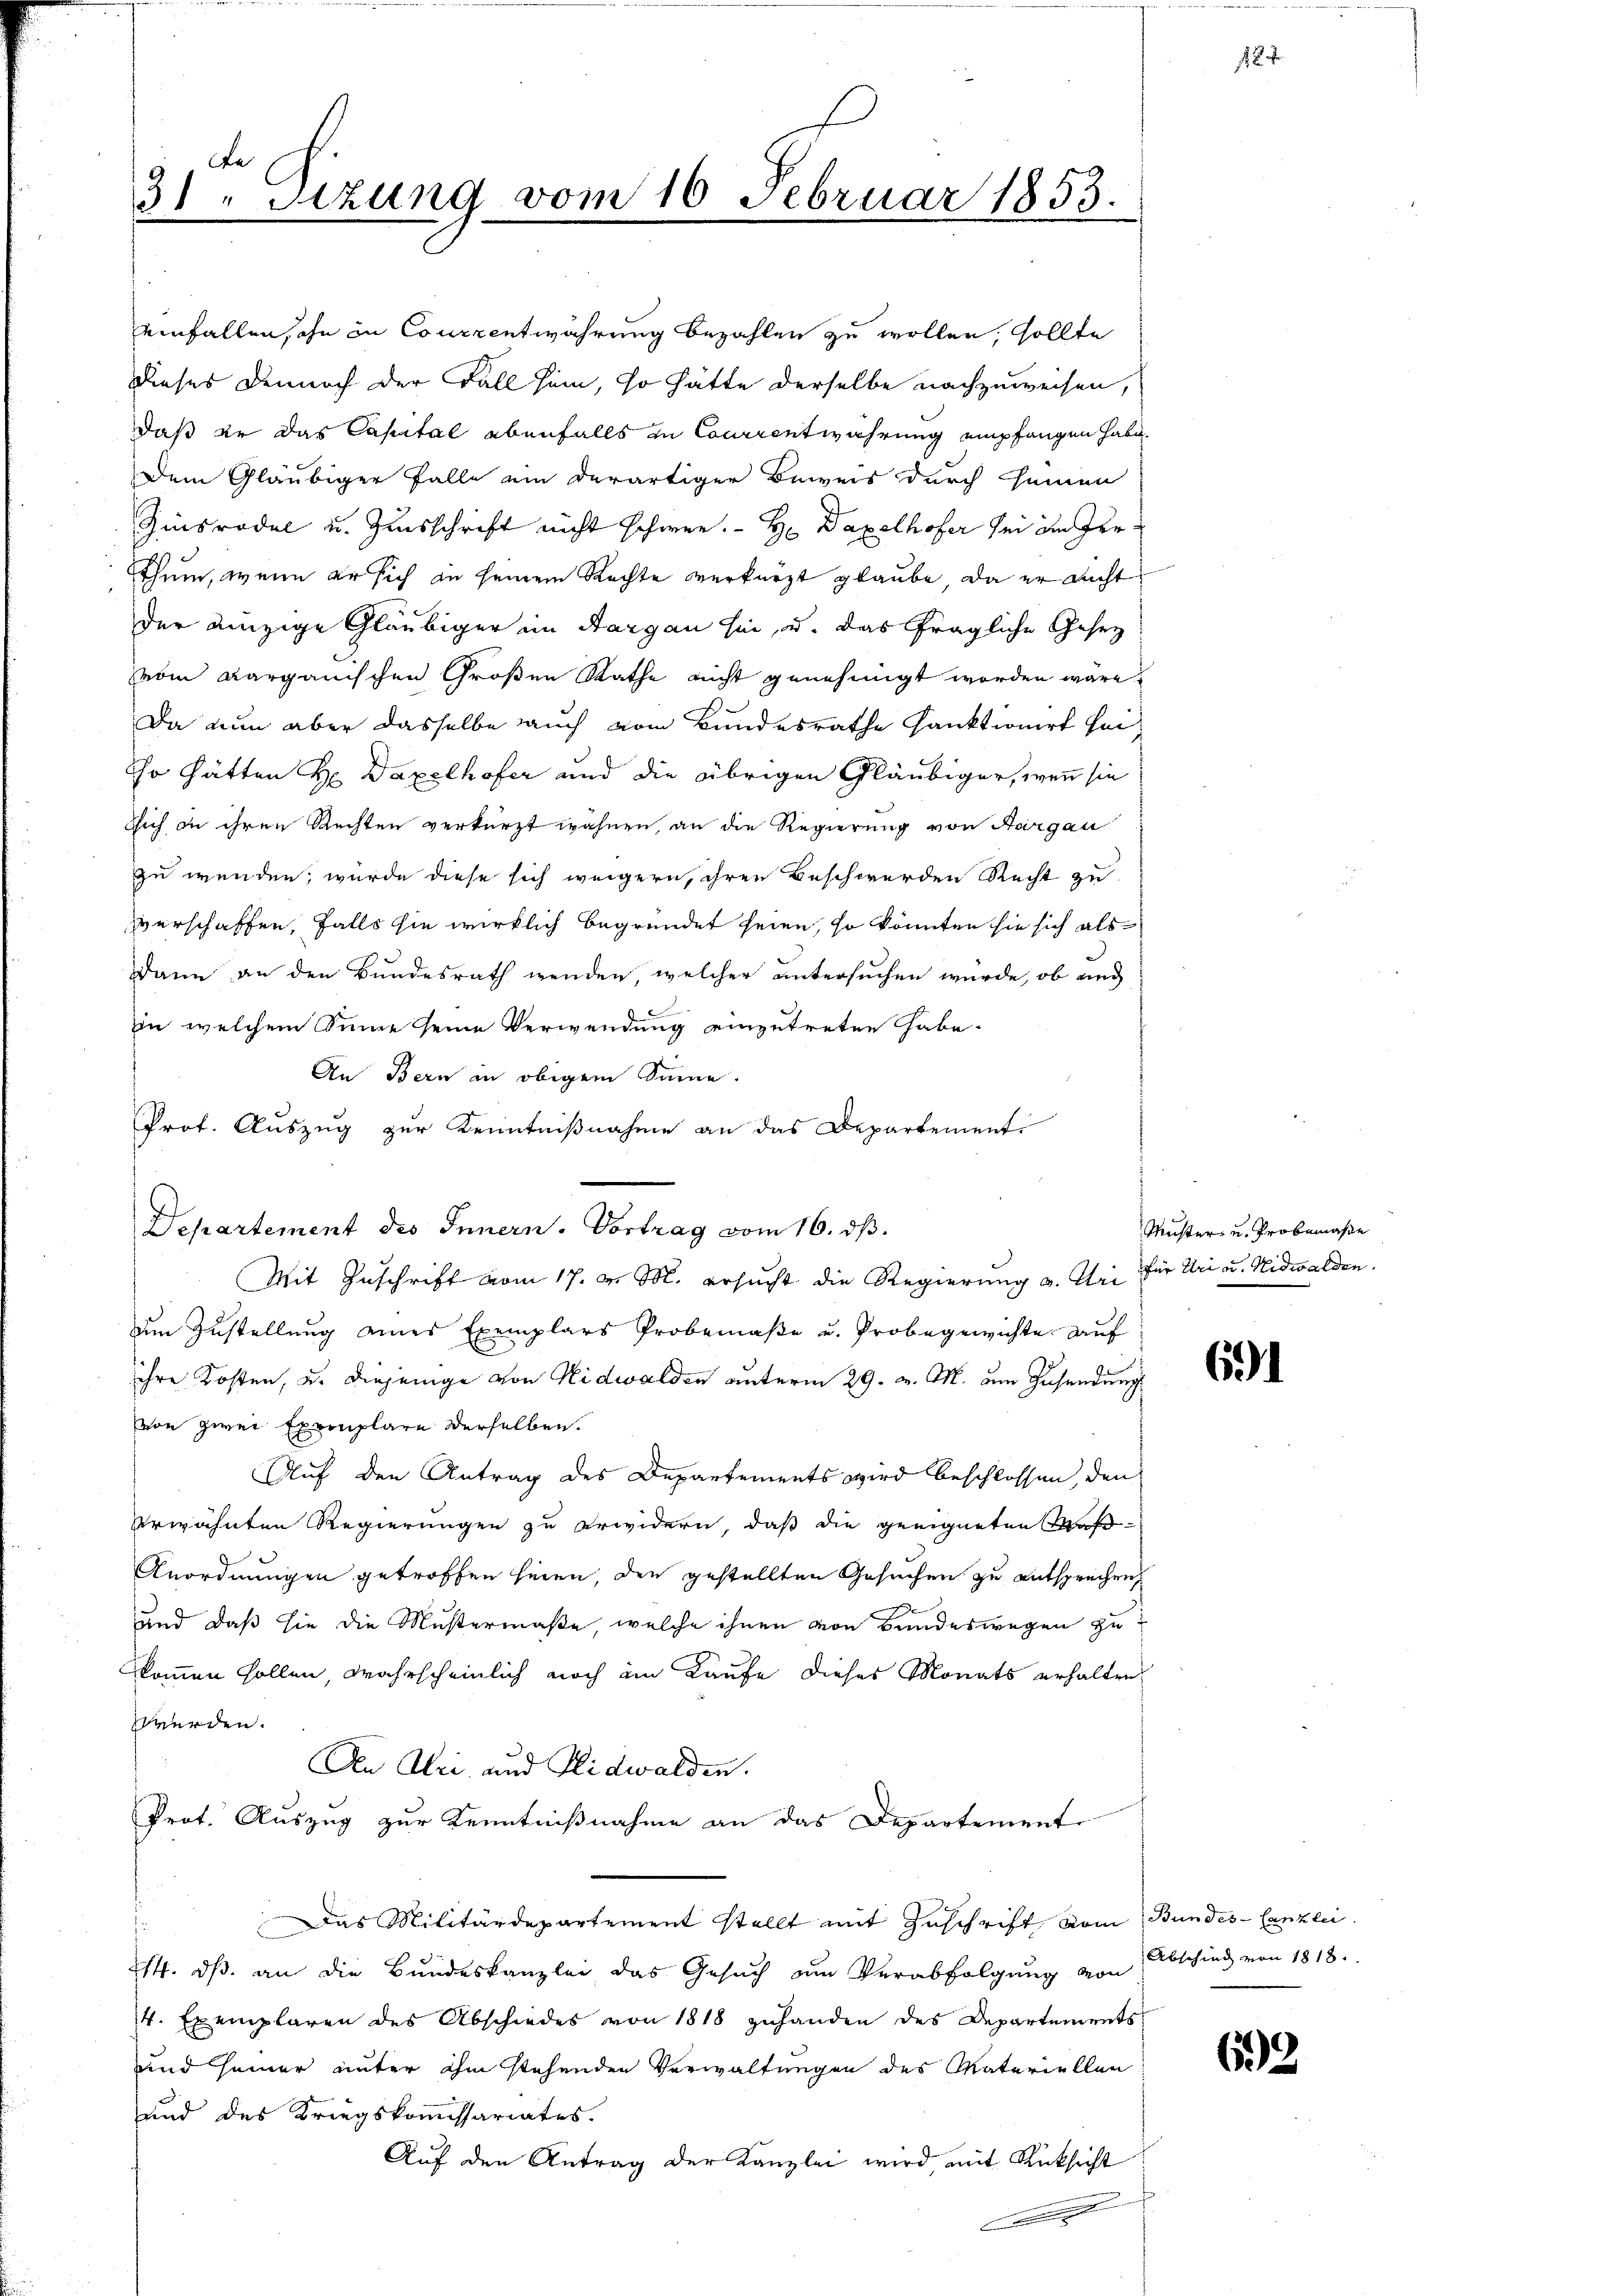
de
31. Sizung vom 10. Februar 1853.

einfallen, ihn in Courrentwährung bezahlen zu wollen, sollte
Dieses Dennoch der Fall sein, so hätte derselbe nachzuweisen,
daß in das Capital ebenfalls in Courientwahrung empfangen habe.
Dem Gläubiger Falle ein derartiger Beweis durch seinen
Zinsrodel u. Zinsschrift nicht schwer. - H Daxolhofer sei im Herthum, wenn er sich in seinem Rechte verkürzt glaube, da er nicht
der einzige Gläubiger im Aargau sei, u. das fragliche Gesetz
vom aargauischen Großen Rathe nicht genehmigt worden wäre.
Da nun aber dasselbe auch vom Bundesrathe sanktionirt sei¬
Er hätten H Daxelhofer und die übrigen Gläubiger, wenn sie
Esich in ihren Rechten verkürzt wähnen, an die Regierung von Aargau
zu wenden, wurde diese sich weigern, ihren Beschwerden Recht zu
verschaffen, falls sie wirklich begründet seien, so könnten sie sich als
Dann an den Bundesrath wenden, welcher untersuchen würde, ob auch
In welchem Sinne seine Verwendung einzutreten habe.
An Bern in obigem Sinne.
Prof. Auszug zur Kenntnißnahme an das Departement.
Departement des Innern. Vortrag vom 16. ds.
zum Zustellung eines Exemplars Probemaße u. Probegewichte auf
ihre Kosten, u. diejenige von Nidwalden unterm 29. v. M. um Zusendung
von zwei Exemplare derselben.
Auf den Antrag des Departements wird beschlossen, den
erwähnten Regierungen zu erwidern, daß die geeigneten Waß¬
Anordnungen getroffen seien, den gestellten Gesuchen zu entsprechen,
und daß sie die Mustermaße, welche ihnen von Bandeswegen zu
kommen sollen, wahrscheinlich noch im Kaufe dieses Monats erhalten,
werden.
Aen Uri und Nidwalden.
Prot. Auszug zur Kenntnißnahme an das Departement
Das Militärdepartement stellt mit Zuschrift vom Bundes-Canzlei.
214. ds. an die Bundeskanzlei das Gesuch am Verabfolgung von Abschied von 1818.
4. Exemplaren des Abschiedes von 1818 zuhanden des Departements
und seiner unter ihm stehenden Verwaltungen des Materiellen
und des Kriegskommissariates.
Auf den Antrag der Kanzlei wird mit Rücksicht
m

Mit Zuschrift vom 17. v. M. ersucht die Regierung v. Uri für Uri u. Nidwalden.

Muster- u. Probemaße

691

699